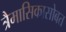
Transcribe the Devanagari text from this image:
त्रैमासिकासोबत